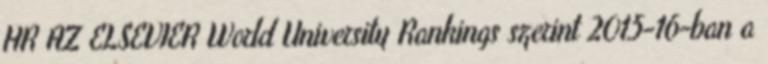
HR AZ ELSEVIER World University Rankings szerint 2015-16-ban a